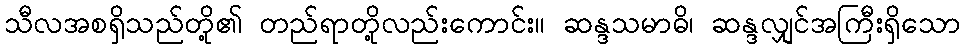
သီလအစရှိသည်တို့၏ တည်ရာတို့လည်းကောင်း။ ဆန္ဒသမာဓိ၊ ဆန္ဒလျှင်အကြီးရှိသော